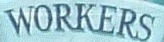
WORKERS